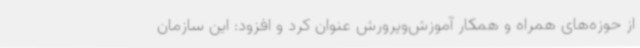
از حوزه‌های همراه و همکار آموزش‌وپرورش عنوان کرد و افزود: این سازمان